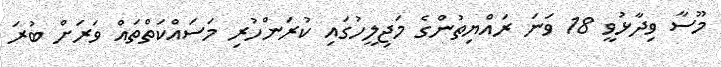
މޫސާ ވިދާޅުވީ 18 ވަނަ ރައްޔިތުންގެ މަޖިލީހުގައި ކުރަންހުރި މަސައްކަތްތައް ވަރަށް ބުރަ